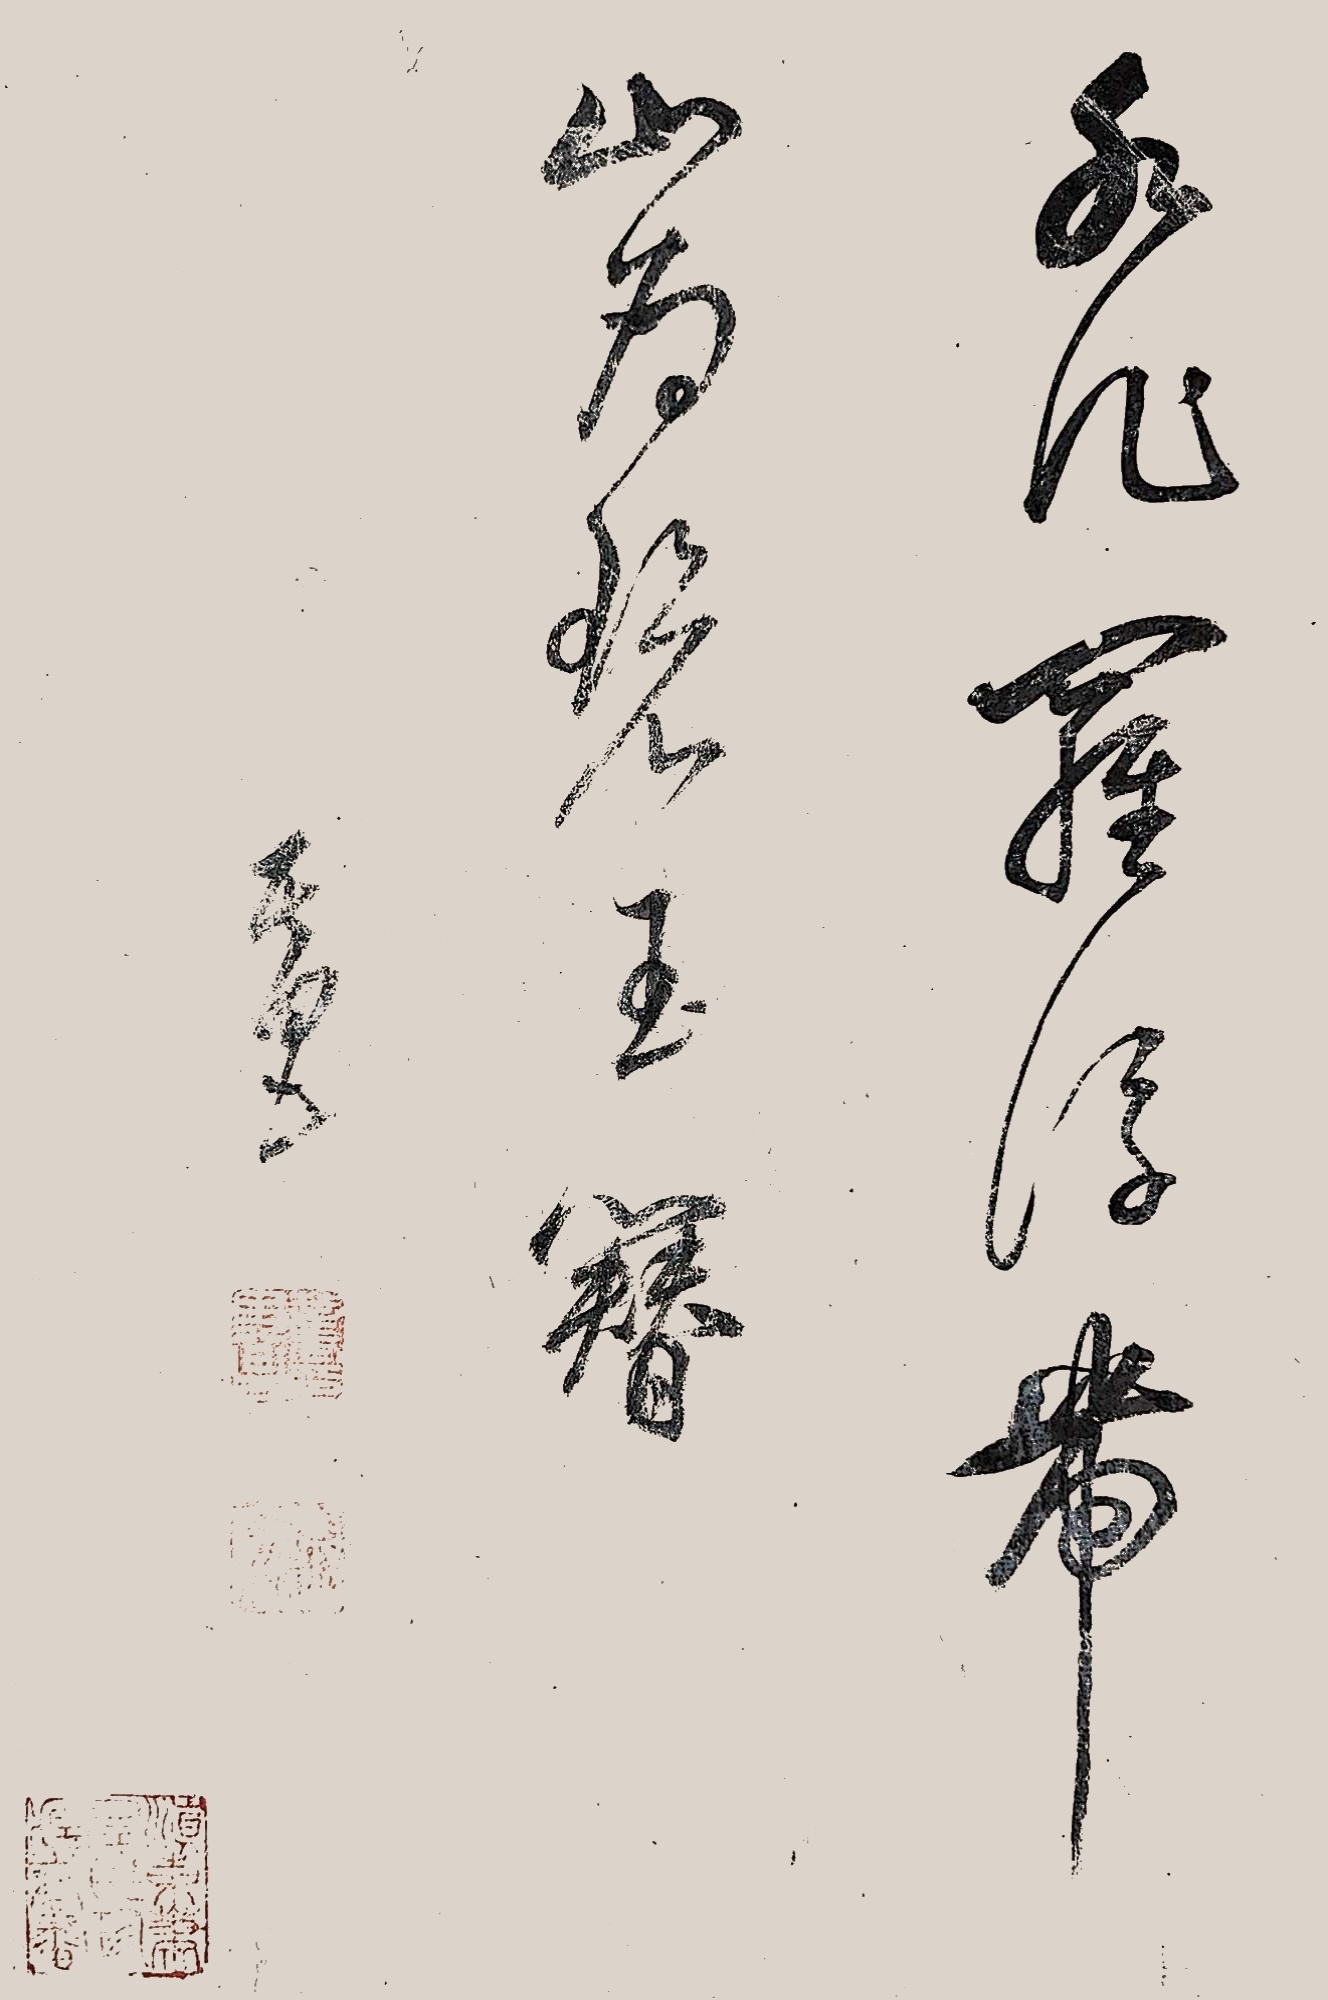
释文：水作罗浮带，山为碧玉簪。其昌。